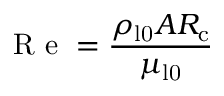
\mathrm { ~ R ~ e ~ } = \frac { \rho _ { \mathrm { l 0 } } A R _ { \mathrm { c } } } { \mu _ { \mathrm { l 0 } } }